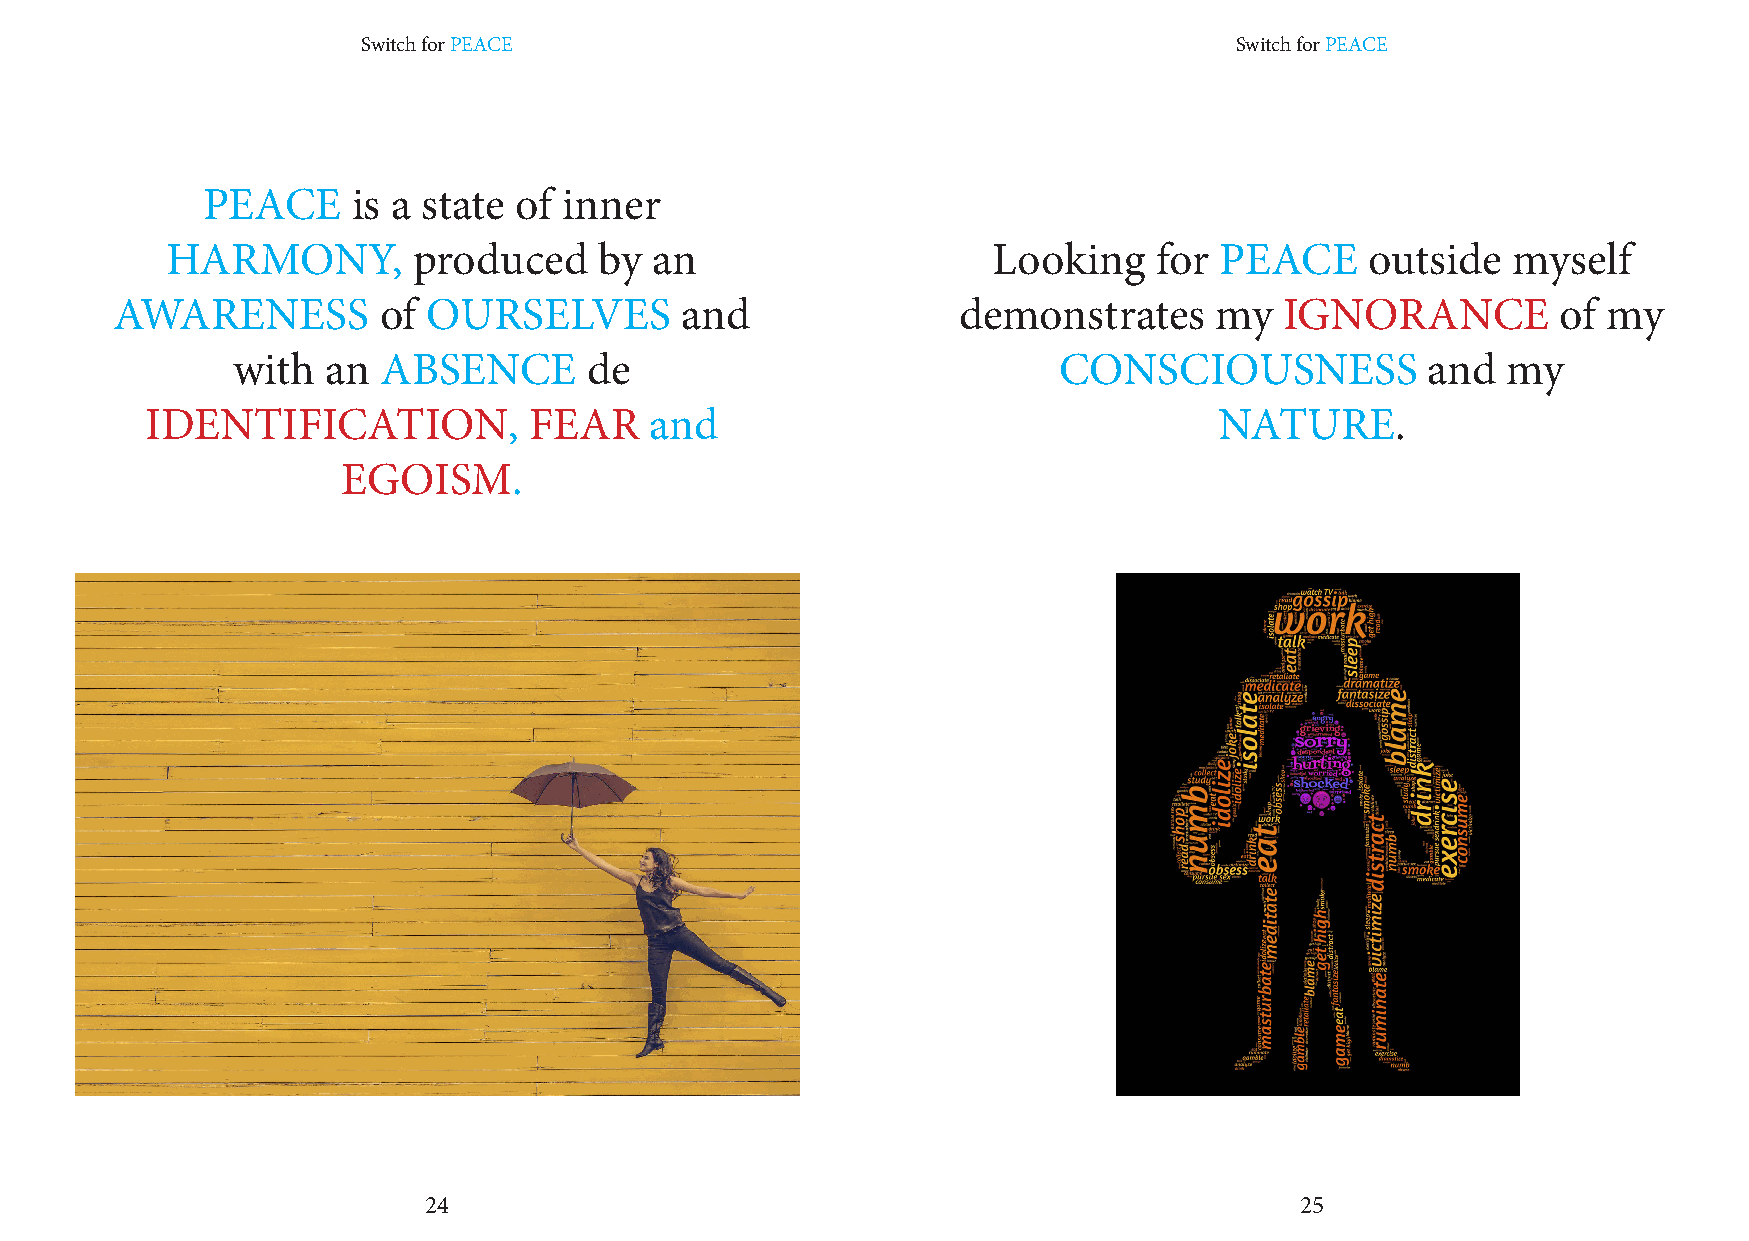
Switch for PEACE                                          Switch for PEACE
 PEACE     is a state of inner
 HARMONY,        produced     by an                     Looking   for  PEACE     outside  myself
 AWARENESS         of OURSELVES        and               demonstrates     my   IGNORANCE         of my
 with   an ABSENCE       de                             CONSCIOUSNESS           and   my
 IDENTIFICATION,          FEAR    and                                   NATURE.
 EGOISM.
 24                                                        25